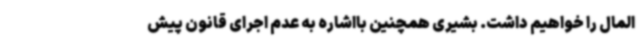
المال را خواهیم داشت. بشیری همچنین بااشاره به عدم اجرای قانون پیش